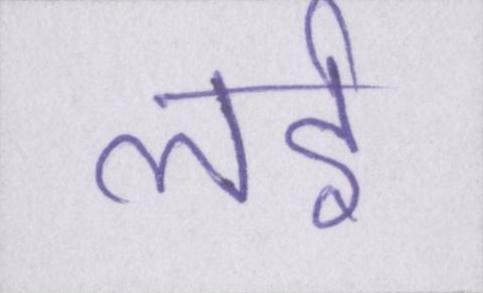
लई